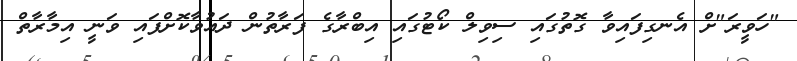
"ހަވީރަ"ށް އެނގިފައިވާ ގޮތުގައި ސިވިލް ކޯޓުގައި އިބްރާގެ ފަރާތުން ދައުވާކޮށްފައި ވަނީ އިމާރާތް